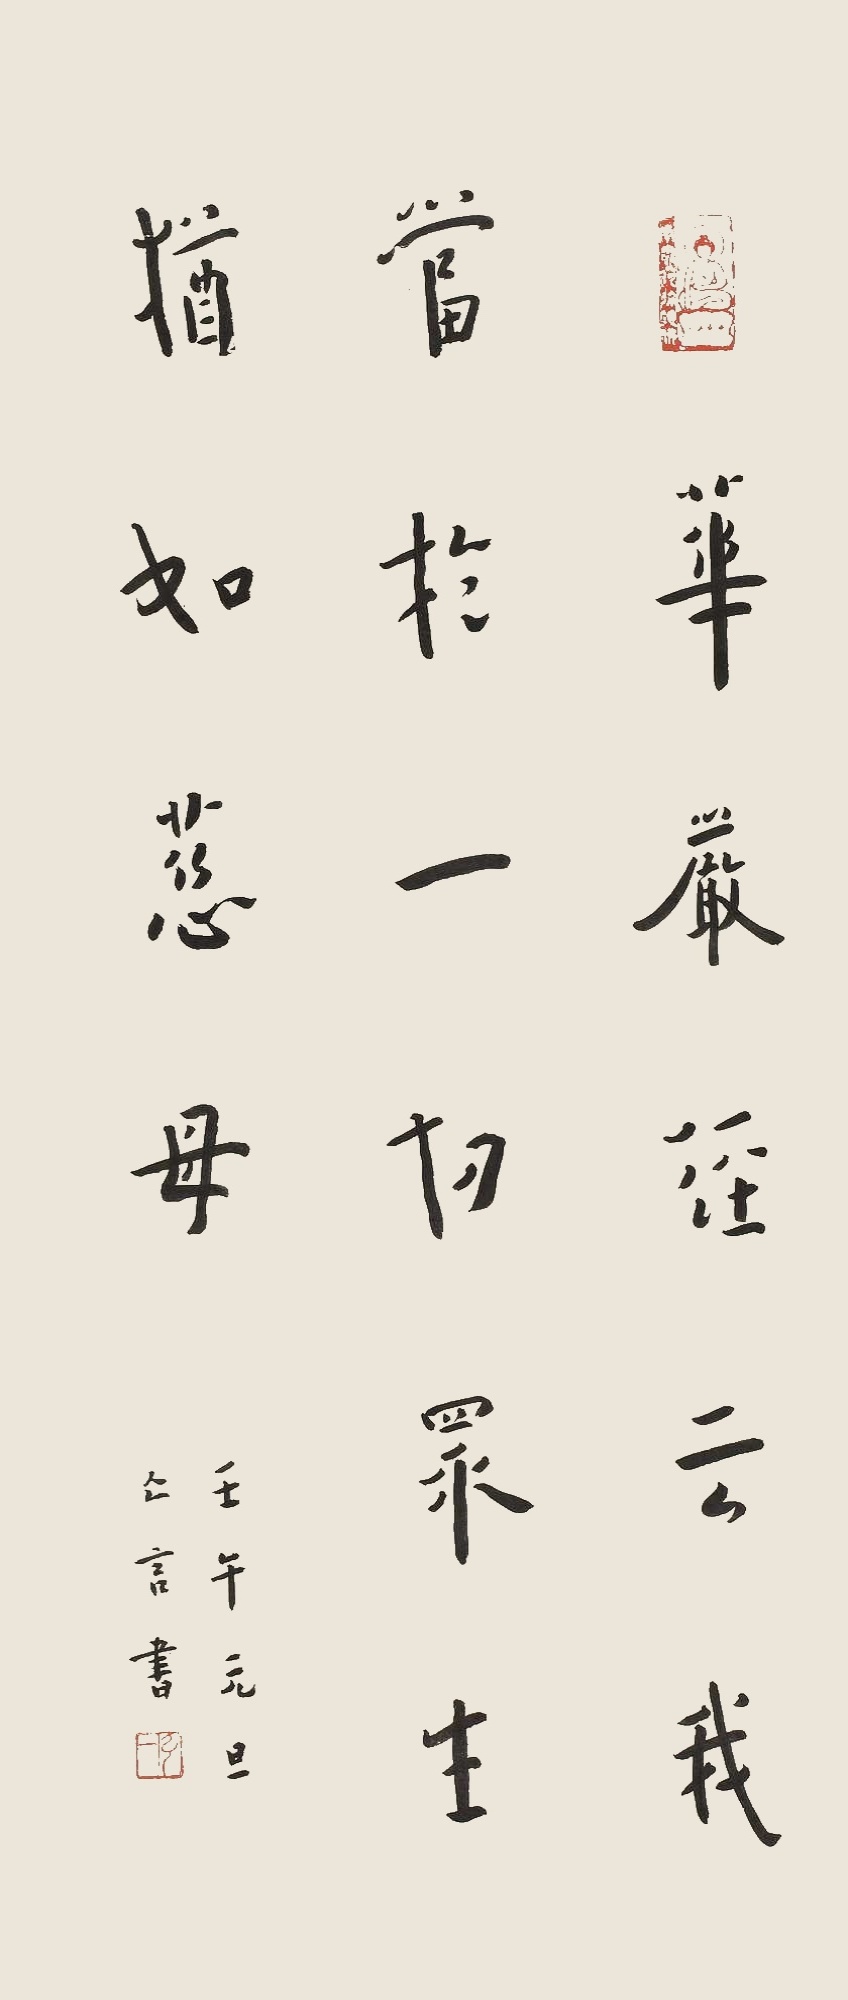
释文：《华严经》云：我当于一切众生犹如慈母。壬午元旦，无言书。